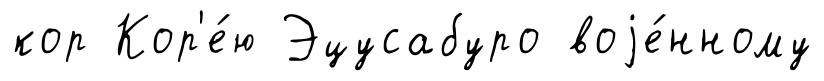
кор Кор'е́ю Эцусабуро воjе́нному